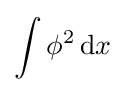
\int \phi ^{2}\,\mathrm {d} x